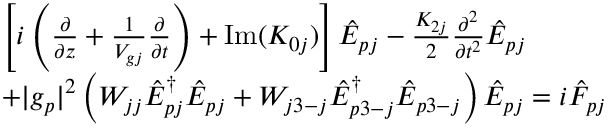
\begin{array} { r l } & { \left[ i \left( \frac { \partial } { \partial z } + \frac { 1 } { V _ { g j } } \frac { \partial } { \partial t } \right) + \mathrm { I m } ( K _ { 0 j } ) \right] \hat { E } _ { p j } - \frac { K _ { 2 j } } { 2 } \frac { \partial ^ { 2 } } { \partial t ^ { 2 } } \hat { E } _ { p j } } \\ & { + | g _ { p } | ^ { 2 } \left( W _ { j j } \hat { E } _ { p j } ^ { \dag } \hat { E } _ { p j } + W _ { j 3 - j } \hat { E } _ { p 3 - j } ^ { \dagger } \hat { E } _ { p 3 - j } \right) \hat { E } _ { p j } = i { \hat { \cal F } } _ { p j } } \end{array}